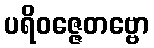
ပရိဝဇ္ဇေတဗ္ဗော